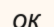
оқ